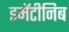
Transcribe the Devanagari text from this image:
इमॅटीनिब